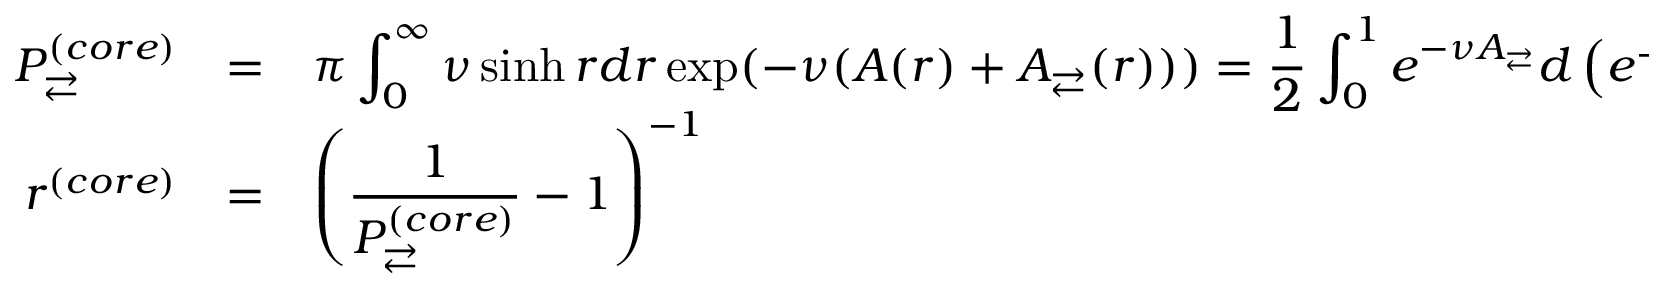
\begin{array} { r l l } { P _ { \rightleftarrows } ^ { ( c o r e ) } } & { = } & { \displaystyle \pi \int _ { 0 } ^ { \infty } \nu \sinh r d r \exp ( - \nu ( A ( r ) + A _ { \rightleftarrows } ( r ) ) ) = \frac { 1 } { 2 } \int _ { 0 } ^ { 1 } e ^ { - \nu A _ { \rightleftarrows } } d \left( e ^ { - \nu A } \right) \medskip } \\ { r ^ { ( c o r e ) } } & { = } & { \displaystyle \left( \frac { 1 } { P _ { \rightleftarrows } ^ { ( c o r e ) } } - 1 \right) ^ { - 1 } } \end{array}